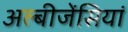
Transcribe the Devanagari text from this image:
अल्बीजेंसियां